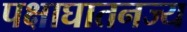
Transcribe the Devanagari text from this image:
पक्षाघातनज्य